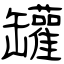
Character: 罐